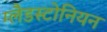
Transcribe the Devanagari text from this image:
ग्लैडस्टोनियन